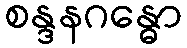
စန္ဒနဂန္ဓော